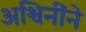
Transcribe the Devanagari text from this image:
अश्विनींने